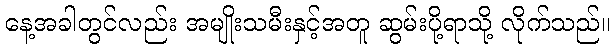
နေ့အခါတွင်လည်း အမျိုးသမီးနှင့်အတူ ဆွမ်းပို့ရာသို့ လိုက်သည်။